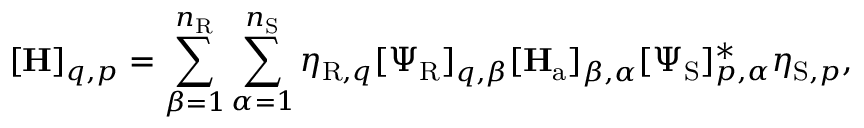
[ \mathbf { H } ] _ { q , p } = \sum _ { \beta = 1 } ^ { n _ { \mathrm { R } } } \sum _ { \alpha = 1 } ^ { n _ { \mathrm { S } } } \eta _ { \mathrm { R } , q } [ \boldsymbol { \Psi } _ { \mathrm { R } } ] _ { q , \beta } [ \mathbf { H } _ { \mathrm { a } } ] _ { \beta , \alpha } [ \boldsymbol { \Psi } _ { \mathrm { S } } ] _ { p , \alpha } ^ { * } \eta _ { \mathrm { S } , p } ,